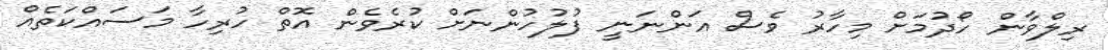
ރިލްވާން ހޯދުމަށް މިހާރު ވެސް އަންނަނީ ފުލުހުންނަށް ކުރެވެން އޮތް ހުރިހާ މަސައްކަތެއް